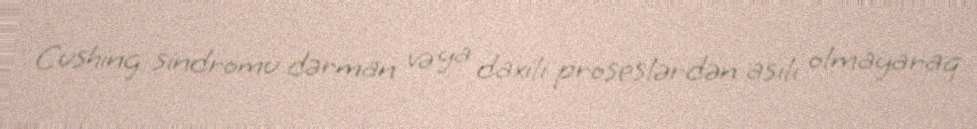
Cushing sindromu dərman və ya daxili proseslərdən asılı olmayaraq